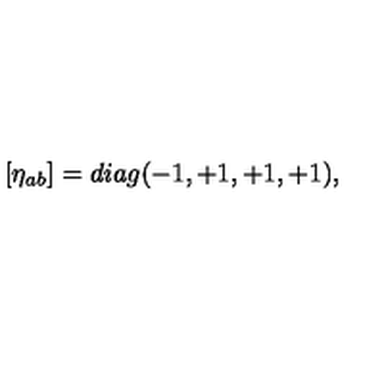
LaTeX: \left[ \eta _ { a b } \right] = d i a g ( - 1 , + 1 , + 1 , + 1 ) ,